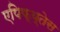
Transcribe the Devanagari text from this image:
एपिफ्य्तेस